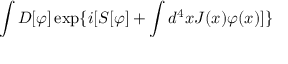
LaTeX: \int { \cal D } [ \varphi ] \exp \{ i [ S [ \varphi ] + \int d ^ { 4 } x J ( x ) \varphi ( x ) ] \}